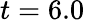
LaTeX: t=6.0